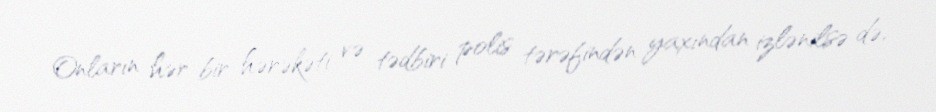
Onların hər bir hərəkəti və tədbiri polis tərəfindən yaxından izlənilsə də,